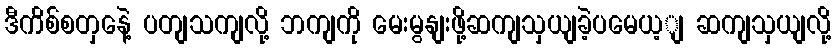
ဒီကိစ်စတှနေဲ့ ပတျသကျလို့ ဘကျကို မေးမွနျးဖို့ဆကျသှယျခဲ့ပမေယ့ျ ဆကျသှယျလို့